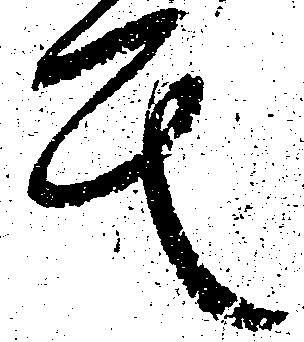
其